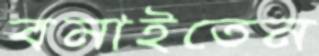
বনাইতেন